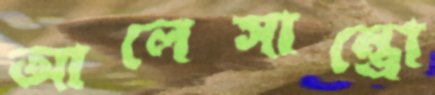
আলেসান্ত্রো